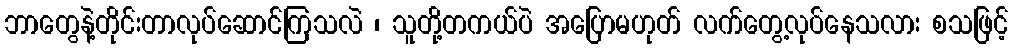
ဘာတွေနဲ့တိုင်းတာလုပ်ဆောင်ကြသလဲ ၊ သူတို့တကယ်ပဲ အပြောမဟုတ် လက်တွေ့လုပ်နေသလား စသဖြင့်